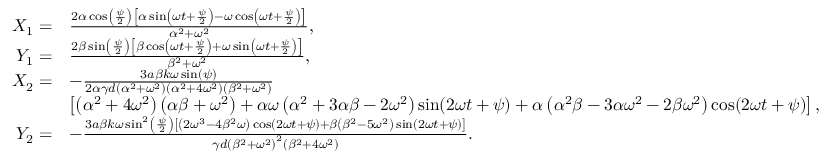
\begin{array} { r l } { { X } _ { 1 } = } & { \frac { 2 \alpha \cos \left( \frac { \psi } { 2 } \right) \left[ \alpha \sin \left( \omega t + \frac { \psi } { 2 } \right) - \omega \cos \left( \omega t + \frac { \psi } { 2 } \right) \right] } { \alpha ^ { 2 } + \omega ^ { 2 } } , } \\ { { Y } _ { 1 } = } & { \frac { 2 \beta \sin \left( \frac { \psi } { 2 } \right) \left[ \beta \cos \left( \omega t + \frac { \psi } { 2 } \right) + \omega \sin \left( \omega t + \frac { \psi } { 2 } \right) \right] } { \beta ^ { 2 } + \omega ^ { 2 } } , } \\ { { X } _ { 2 } = } & { - \frac { 3 a \beta k \omega \sin ( \psi ) } { 2 \alpha \gamma d \left( \alpha ^ { 2 } + \omega ^ { 2 } \right) \left( \alpha ^ { 2 } + 4 \omega ^ { 2 } \right) \left( \beta ^ { 2 } + \omega ^ { 2 } \right) } } \\ & { \left[ \left( \alpha ^ { 2 } + 4 \omega ^ { 2 } \right) \left( \alpha \beta + \omega ^ { 2 } \right) + \alpha \omega \left( \alpha ^ { 2 } + 3 \alpha \beta - 2 \omega ^ { 2 } \right) \sin ( 2 \omega t + \psi ) + \alpha \left( \alpha ^ { 2 } \beta - 3 \alpha \omega ^ { 2 } - 2 \beta \omega ^ { 2 } \right) \cos ( 2 \omega t + \psi ) \right] , } \\ { { Y } _ { 2 } = } & { - \frac { 3 a \beta k \omega \sin ^ { 2 } \left( \frac { \psi } { 2 } \right) \left[ \left( 2 \omega ^ { 3 } - 4 \beta ^ { 2 } \omega \right) \cos ( 2 \omega t + \psi ) + \beta \left( \beta ^ { 2 } - 5 \omega ^ { 2 } \right) \sin ( 2 \omega t + \psi ) \right] } { \gamma d \left( \beta ^ { 2 } + \omega ^ { 2 } \right) ^ { 2 } \left( \beta ^ { 2 } + 4 \omega ^ { 2 } \right) } . } \end{array}